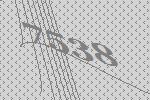
7538